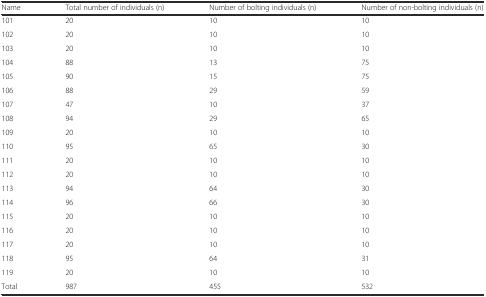
<table><thead><tr><td><b>Name</b></td><td><b>Total number of individuals (n)</b></td><td><b>Number of bolting individuals (n)</b></td><td><b>Number of non-bolting individuals (n)</b></td></tr></thead><tbody><tr><td>101</td><td>20</td><td>10</td><td>10</td></tr><tr><td>102</td><td>20</td><td>10</td><td>10</td></tr><tr><td>103</td><td>20</td><td>10</td><td>10</td></tr><tr><td>104</td><td>88</td><td>13</td><td>75</td></tr><tr><td>105</td><td>90</td><td>15</td><td>75</td></tr><tr><td>106</td><td>88</td><td>29</td><td>59</td></tr><tr><td>107</td><td>47</td><td>10</td><td>37</td></tr><tr><td>108</td><td>94</td><td>29</td><td>65</td></tr><tr><td>109</td><td>20</td><td>10</td><td>10</td></tr><tr><td>110</td><td>95</td><td>65</td><td>30</td></tr><tr><td>111</td><td>20</td><td>10</td><td>10</td></tr><tr><td>112</td><td>20</td><td>10</td><td>10</td></tr><tr><td>113</td><td>94</td><td>64</td><td>30</td></tr><tr><td>114</td><td>96</td><td>66</td><td>30</td></tr><tr><td>115</td><td>20</td><td>10</td><td>10</td></tr><tr><td>116</td><td>20</td><td>10</td><td>10</td></tr><tr><td>117</td><td>20</td><td>10</td><td>10</td></tr><tr><td>118</td><td>95</td><td>64</td><td>31</td></tr><tr><td>119</td><td>20</td><td>10</td><td>10</td></tr><tr><td>Total</td><td>987</td><td>455</td><td>532</td></tr></tbody></table>